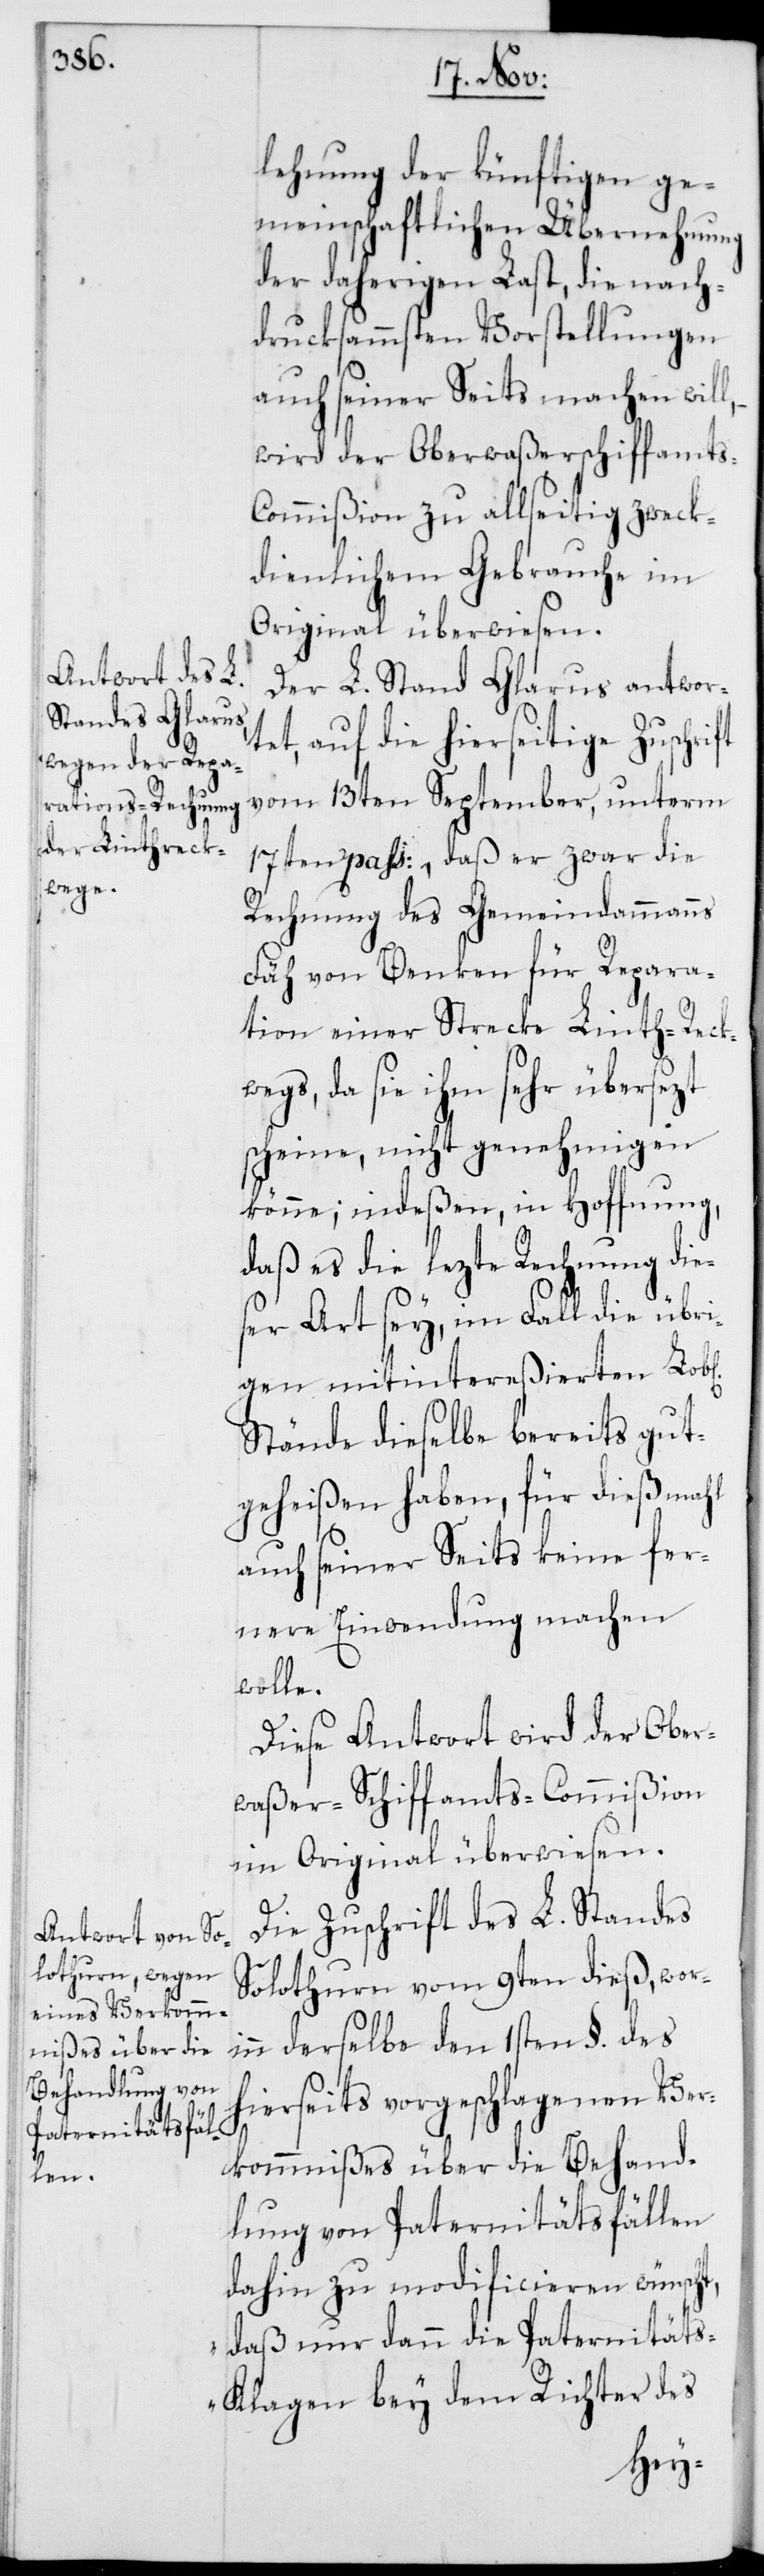
lehnung der künftigen ge¬
meinschaftlichen Übernehmung
der daherigen Last, die nach¬
drucksammsten Vorstellungen
auch seiner Seits machen will,
wird der Oberwaßerschiffamts-C¬
ommißion zu allseitig zweck¬
dienlichem Gebrauche im
Original überwiesen.
Der L. Stand Glarus antwor¬
tet, auf die hierseitige Zuschrift
vom 13ten September, unterm
17ten pass:, daß er zwar die
Rechnung des Gemeindammanns
Fäh von Benken für Repara¬
tion einer Strecke Linth-Reck¬
wegs, da sie ihm sehr übersezt
scheine, nicht genehmigen
könne; indeßen, in Hoffnung,
daß es die lezte Rechnung die¬
ser Art sey, im Fall die übri¬
gen mitintereßierten Lob[l¬
Stände dieselbe bereits gut¬
geheißen haben, für diesmahl
auch seiner Seits keine fer¬
nere Einwendung machen
wolle.
Diese Antwort wird der Ober¬
waßer-Schiffamts-Commißion
im Original überwiesen.
Die Zuschrift des L. Standes
Solothurn vom 9ten dieß, wori¬
nn derselbe den 1sten §. des
hierseits vorgeschlagenen Ver¬
kommnißes über die Behand¬
lung von Paternitätsfällen
dahin zu modificieren wünscht,
„daß nur dann die Paternität¬
s-Klagen bey dem Richter des
ichen]